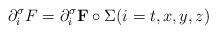
LaTeX: \begin{align*}\partial_i^\sigma F=\partial_i^\sigma {\bf F}\circ \Sigma(i=t,x,y,z)\end{align*}